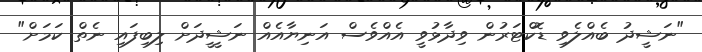
"ނަޝީދު ބެއްލެވި ޑޮކްޓަރުން ވިދާޅުވީ އެއްވެސް އަނިޔާއެއް ނަޝީީދަށް ލިބިފައި ނެތް ކަަމަށް"